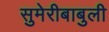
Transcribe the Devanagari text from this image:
सुमेरीबाबुली